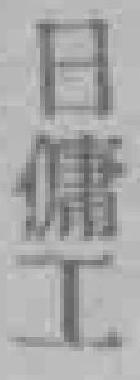
日傭工